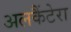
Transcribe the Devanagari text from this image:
अलकैंटेरा